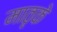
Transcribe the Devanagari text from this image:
मातृके